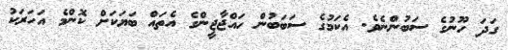
ގަދަ ހޫނުގެ ސަބުންނެވެ. އެކަމުގެ ސަބަބުން ހައްޖާޖީންގެ އެތައް ބަޔަކަށް ކޮންމެ އަހަރަކު